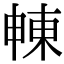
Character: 𣌾